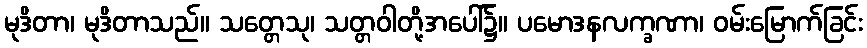
မုဒိတာ၊ မုဒိတာသည်။ သတ္တေသု၊ သတ္တဝါတို့အပေါ်၌။ ပမောဒနလက္ခဏာ၊ ဝမ်းမြောက်ခြင်း